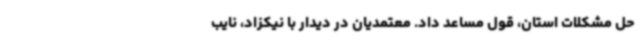
حل مشکلات استان، قول مساعد داد. معتمدیان در دیدار با نیکزاد، نایب‌